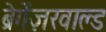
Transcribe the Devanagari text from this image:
ब्रेगेंज़रवाल्ड